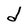
Character: d